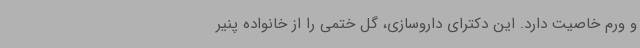
و ورم خاصیت دارد. این دکترای داروسازی، گل ختمی را از خانواده پنیر